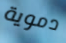
دموية